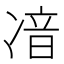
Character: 𠗥